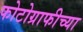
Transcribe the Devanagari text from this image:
फोटोग्राफीच्या